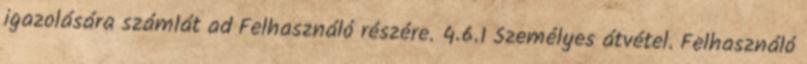
igazolására számlát ad Felhasználó részére. 4.6.1 Személyes átvétel. Felhasználó